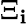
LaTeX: \Xi_{\mathbf{i}}